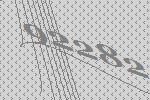
92282